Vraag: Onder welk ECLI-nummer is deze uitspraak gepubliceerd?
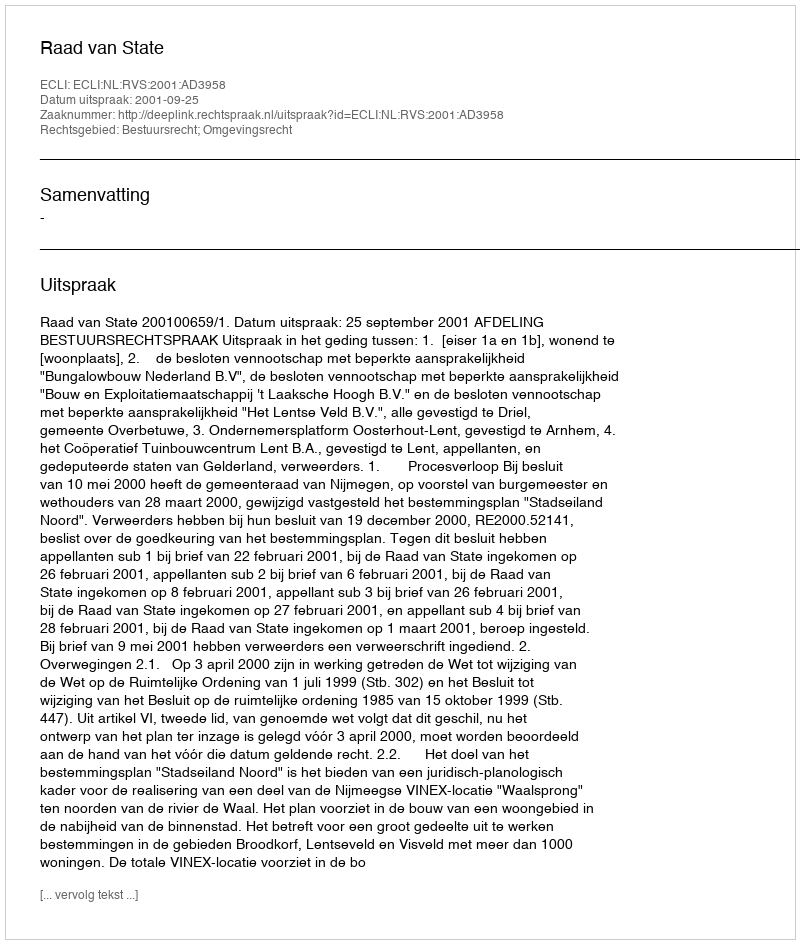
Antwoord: ECLI:NL:RVS:2001:AD3958